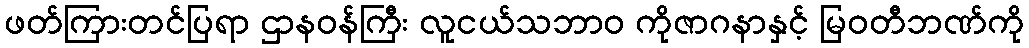
ဖတ်ကြားတင်ပြရာ ဌာနဝန်ကြီး လူငယ်သဘာ၀ ကိုဇာဂနာနှင့် မြဝတီဘဏ်ကို